Materia medica of Madras volume I
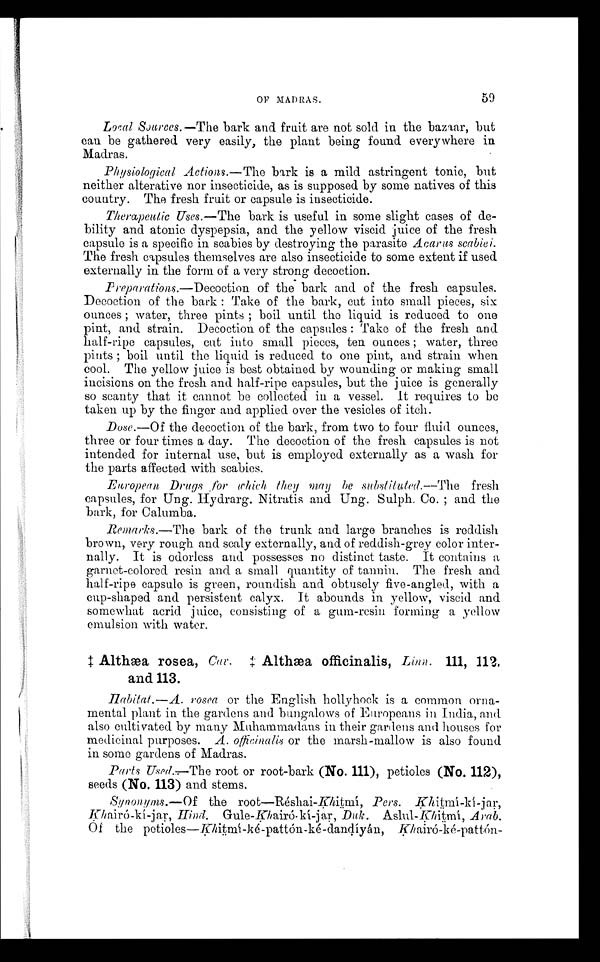
OF MADRAS.
59
Local, Sources.—The bark and fruit are not sold in the bazaar, but
can be gathered very easily, the plant being found everywhere in
Madras.
Physiological Actions.—The bark is a mild astringent tonic, but
neither alterative nor insecticide, as is supposed by some natives of this
country. The fresh fruit or capsule is insecticide.
Therapeutic Uses.—The bark is useful in some slight cases of de-
bility and atonic dyspepsia, and the yellow viscid juice of the fresh
capsule is a specific in scabies by destroying the parasite Acarus scabiei.
The fresh capsules themselves are also insecticide to some extent if used
externally in the form of a very strong decoction.
Preparations.—Decoction of the bark and of the fresh capsules.
Decoction of the bark : Take of the bark, cut into small pieces, six
ounces ; water, three pints ; boil until the liquid is reduced to ono
pint, and strain. Decoction of the capsules : Take of the fresh and
half-ripe capsules, cut into small pieces, ten ounces ; water, three
pints ; boil until the liquid is reduced to one pint, and strain when
cool. The yellow juice is best obtained by wounding or making small
j
incisions on the fresh and half-ripe capsules, but the juice is generally
so scanty that it cannot be collected in a vessel. It requires to be
taken up by the finger and applied over the vesicles of itch.
Dose.—Of the decoction of the bark, from two to four fluid ounces,
three or four times a day. The decoction of the fresh capsules is not
intended for internal use, but is employed externally as a wash for
the parts affected with scabies.
European Drugs for which, they may be substituted.--The fresh
capsules, for Ung. Hydrarg. Nitratis and Ung. Sulph. Co. ; and the
bark, for Calumba.